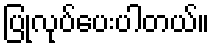
ပြုလုပ်ပေးပါတယ်။